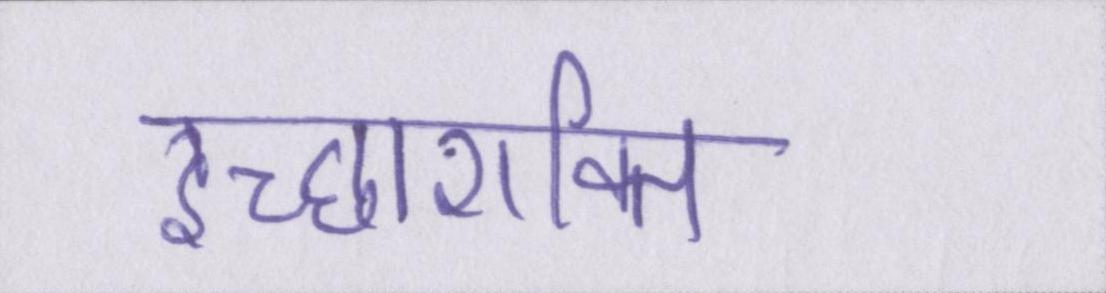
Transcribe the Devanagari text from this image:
इच्छाशक्ति